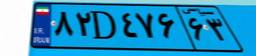
۸۴D۶۴۶۹۲